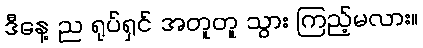
ဒီနေ့ ည ရုပ်ရှင် အတူတူ သွား ကြည့်မလား။